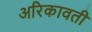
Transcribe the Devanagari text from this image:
अरिकावती